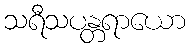
သရီသပန္တရာယော